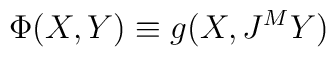
\Phi(X, Y) \equiv g(X, J^M Y)